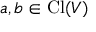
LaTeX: a , b \in \operatorname { C l } ( V )